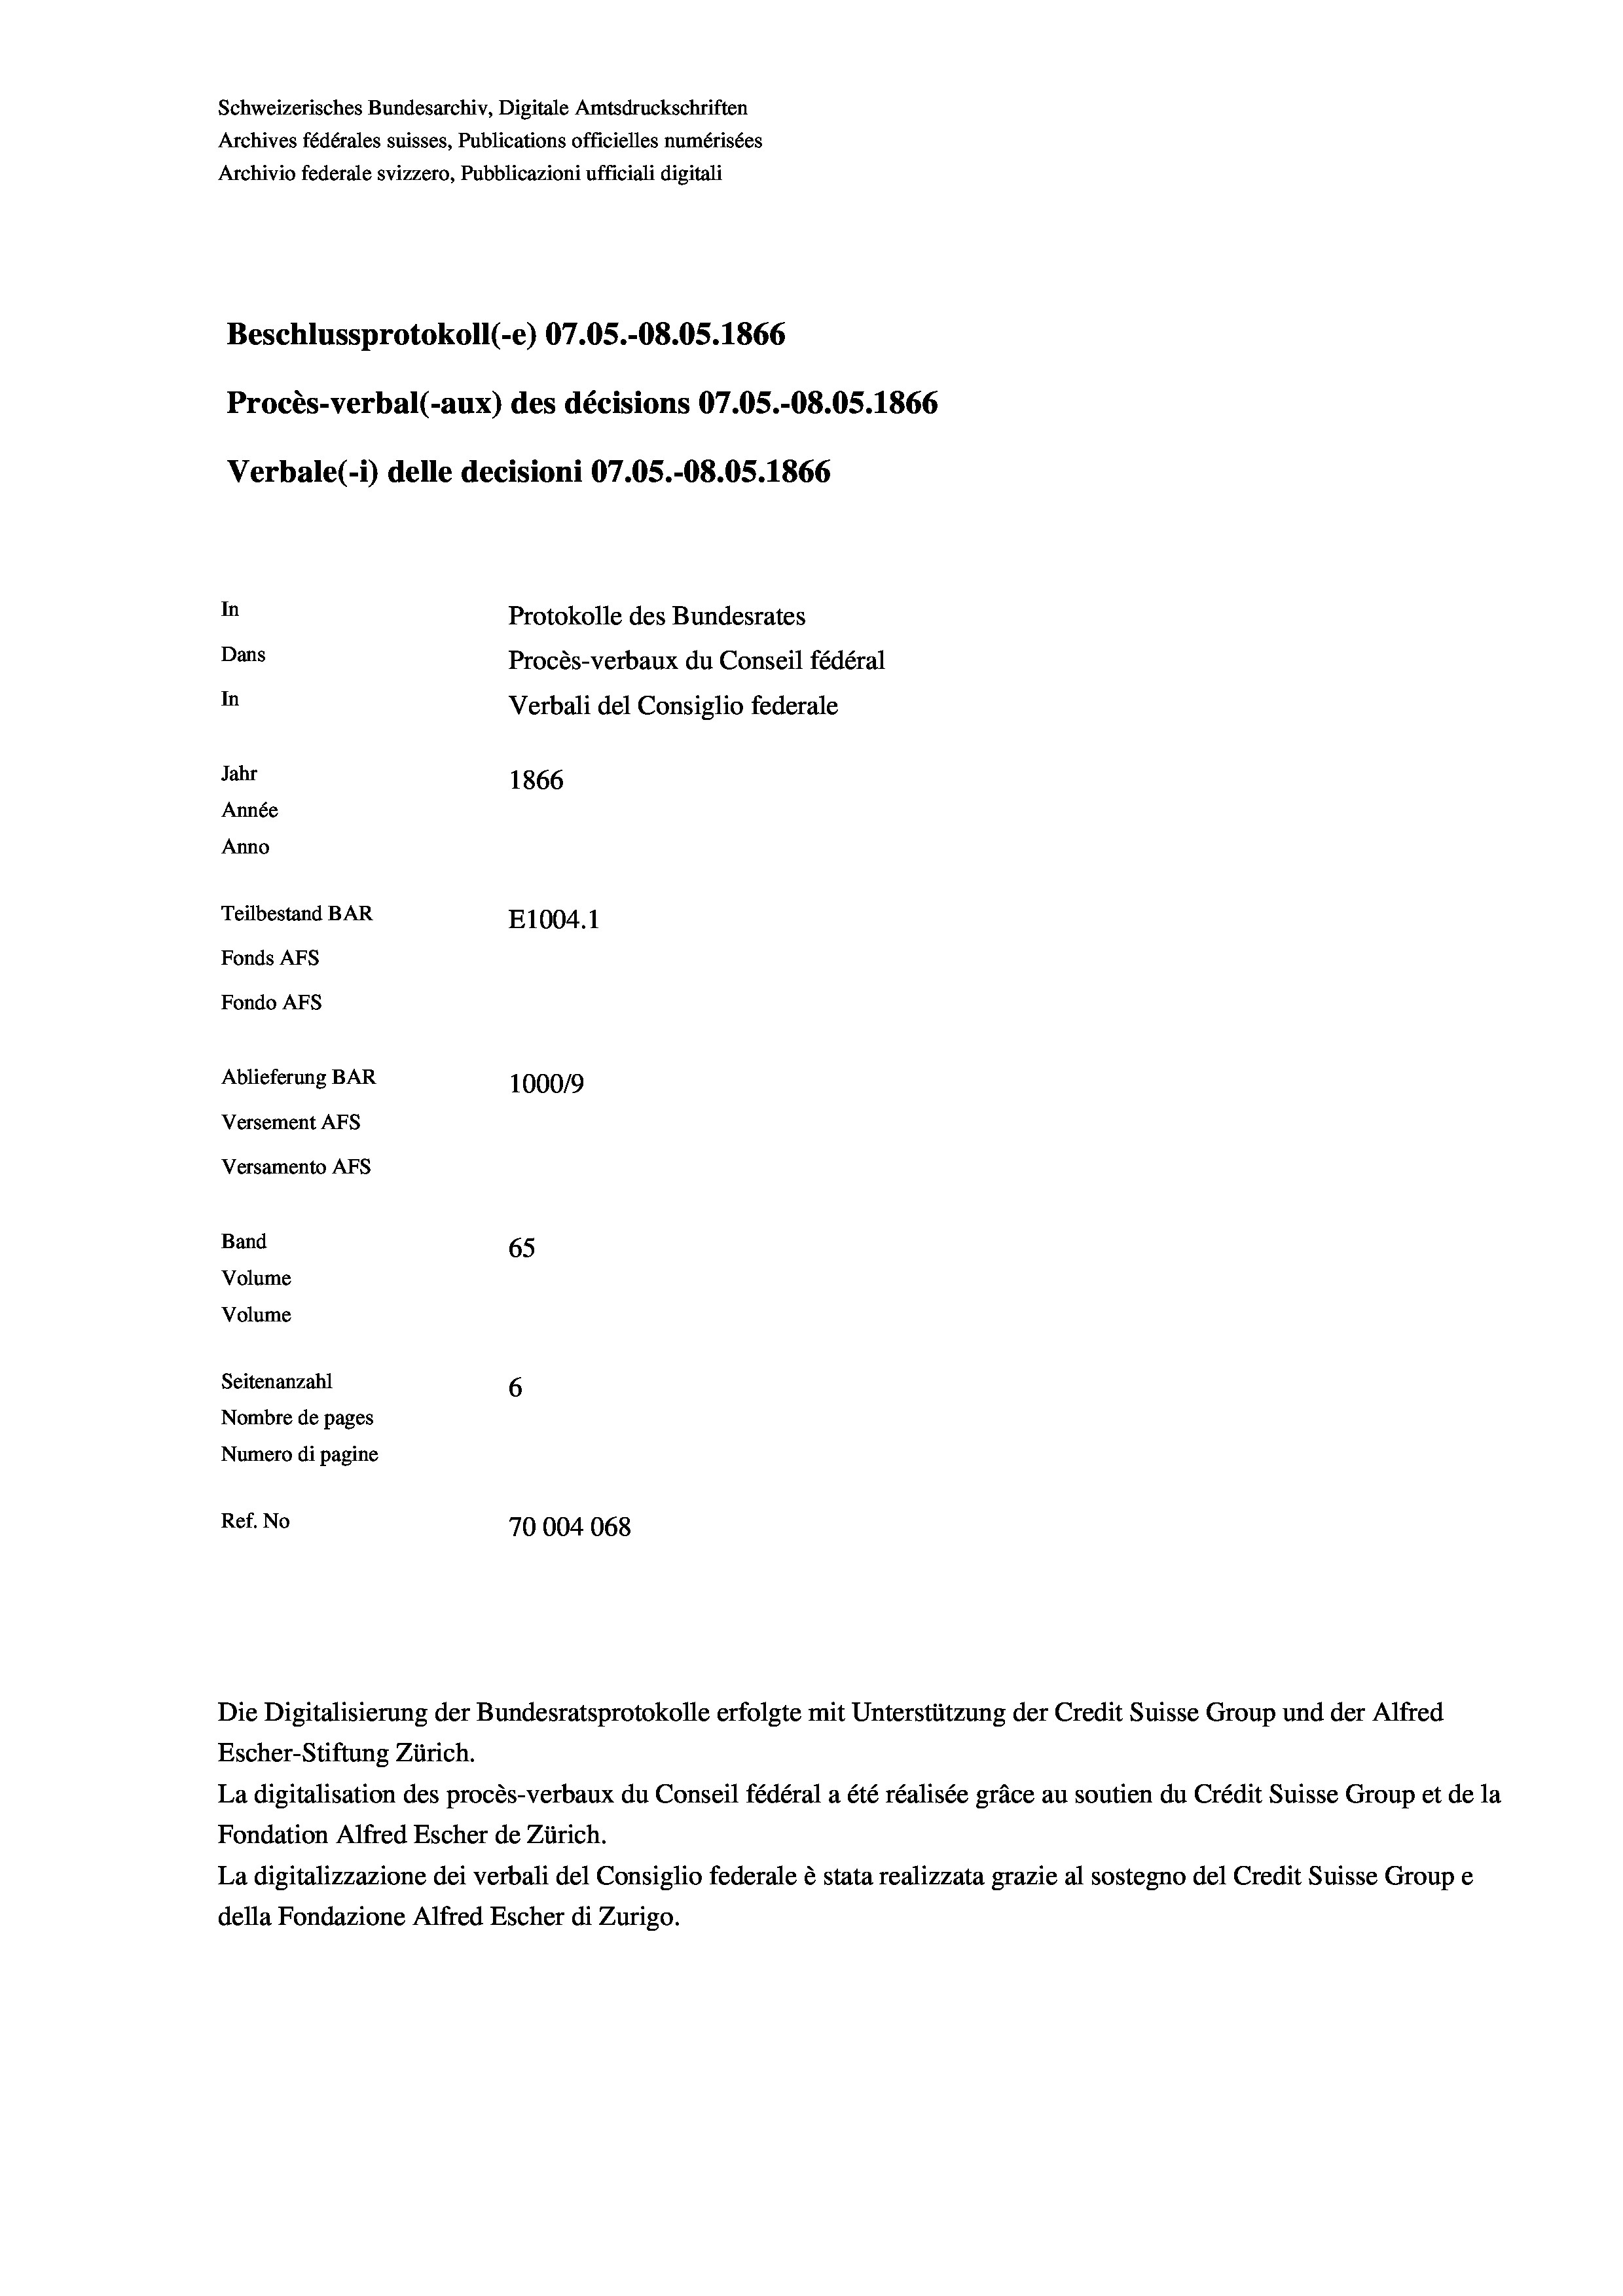
In
Protokolle des Bundesrates
Dans
Procès-verbaux du Conseil fédéral
In
Verbali del Consiglio federale
Jahr
1866
Année
Anno
Teilbestand BAR
E1004.1
Fonds AFs
Fondo AFS

Schweizerisches Bundesarchiv, Digitale Amtsdruckschriften
Archives fédérales suisses, Publications officielles numérisées
Archivio federale svizzero, Pubblicazioni ufficiali digitali

Beschlussprotokoll (-e) 07.05.-08.05. 1866

Ablieferung BAR
Versement AFs
Versamento AFS
Band
65
Volume
Volume
Seitenanzahl
6

Verbale(*) delle decisioni 07.05.-08.05. 1866

Procès-verbal (-aux) des décisions 07.05.-O8.05. 1866

100019
Nombre de pages
Numero di pagine
Ref. No
70004068

Escher-Stiftung Zürich.
La digitalisation des procès-verbaux du Conseil fédéral a été réalisée gräce au soutien du Crédit Suisse Group et de la
Fondation Alfred Escher de Zürich.
La digitalizzazione dei verbali del Consiglio federale è stata realizzata grazie al sostegno del Credit Suisse Groupe
della Fondazione Alfred Escher di Zurigo.

Die Digitalisierung der Bundesratsprotokolle erfolgte mit Unterstützung der Credit Suisse Group und der Alfred